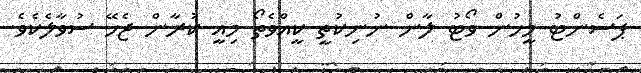
ޕަސެންޓު މީހުން ވޯޓު ލާން ނުނިކުތީ ކީއްވެތޯ މިއީ ކުރާން ޖެހޭ ސުވާލެކެވެ.